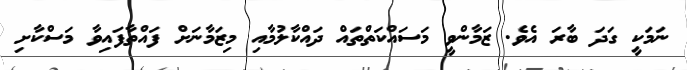
ނަމަކީ ގަދަ ބާރަ އެވެ. ޒަމާންވީ މަސައްކަތްތައް ދައްކާލުމާއި މިޒަމާނަށް ފައްތާފައިވާ މަސްކާށި